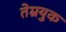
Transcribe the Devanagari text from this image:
तेम्रयुक